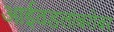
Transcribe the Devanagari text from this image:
आईवडलांबरोबर